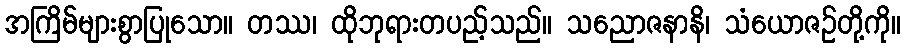
အကြိမ်များစွာပြုသော။ တဿ၊ ထိုဘုရားတပည့်သည်။ သညောဇနာနိ၊ သံယောဇဉ်တို့ကို။